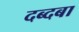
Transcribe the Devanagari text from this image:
दब्दबा